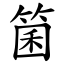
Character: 箘